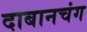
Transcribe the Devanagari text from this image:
दाबानचंग